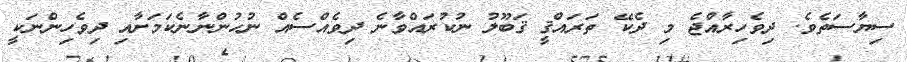
ސިޔާސަތެވެ. ދިވެހިރާއްޖެ މި ދެކޭ ތަރައްޤީ ޤަބޫލު ނުކުރައްވާނެ ދިވެއްސެއް ނުހުންނާނެކަމަށާއި ދިވެހިންނަކީ